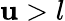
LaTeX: \mathbf{u}>l